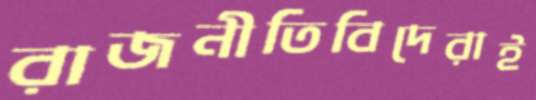
রাজনীতিবিদেরাই